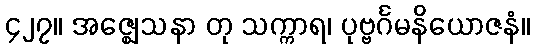
၄၂၇။ အဇ္ဈေသနာ တု သက္ကာရ၊ ပုဗ္ဗင်္ဂမနိယောဇနံ။